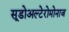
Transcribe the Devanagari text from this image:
सूडोअल्टेरोमोनाज